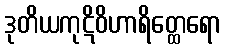
ဒုတိယကုဋိဝိဟာရိတ္ထေရော